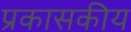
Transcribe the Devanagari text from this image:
प्रकासकीय